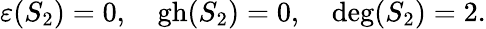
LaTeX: \varepsilon(S_{2})=0,\quad\mathrm{gh}(S_{2})=0,\quad\mathrm{deg}(S_{2})=2.